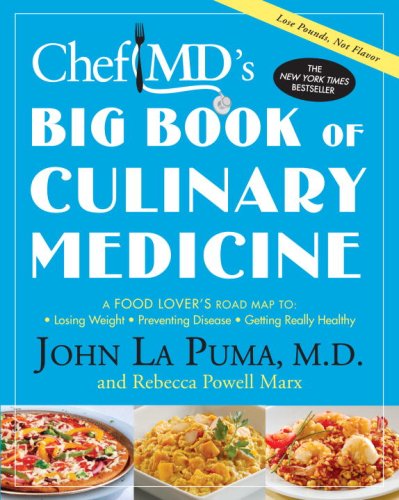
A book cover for ChefMD's Big Book of Culinary Medicine: A Food Lover's Road Map to: Losing Weight, Preventing Disease, Getting Really Healthy; John La Puma; Health, Fitness & Dieting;